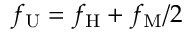
f _ { \mathrm { U } } = f _ { \mathrm { H } } + f _ { \mathrm { M } } / 2